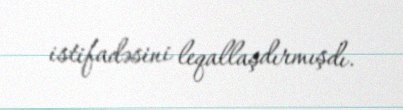
istifadəsini leqallaşdırmışdı.